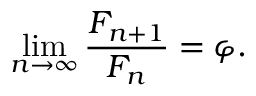
\operatorname* { l i m } _ { n \to \infty } { \frac { F _ { n + 1 } } { F _ { n } } } = \varphi .